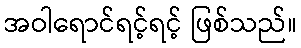
အဝါရောင်ရင့်ရင့် ဖြစ်သည်။